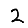
Digit: 2